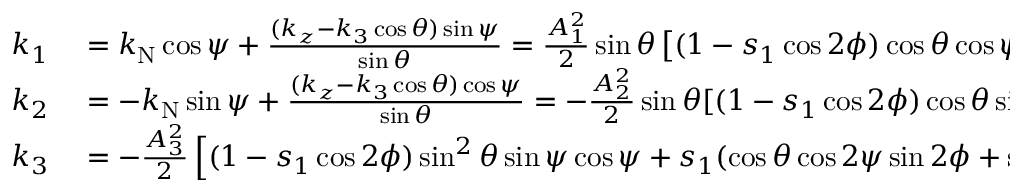
\begin{array} { r l } { k _ { 1 } } & { { } = k _ { \mathrm { N } } \cos \psi + \frac { ( k _ { z } - k _ { 3 } \cos \theta ) \sin \psi } { \sin \theta } = \frac { A _ { 1 } ^ { 2 } } { 2 } \sin \theta \left[ ( 1 - s _ { 1 } \cos 2 \phi ) \cos \theta \cos \psi + s _ { 1 } \sin \psi \sin 2 \phi \right] \; , } \\ { k _ { 2 } } & { { } = - k _ { \mathrm { N } } \sin \psi + \frac { ( k _ { z } - k _ { 3 } \cos \theta ) \cos \psi } { \sin \theta } = - \frac { A _ { 2 } ^ { 2 } } { 2 } \sin \theta [ ( 1 - s _ { 1 } \cos 2 \phi ) \cos \theta \sin \psi - s _ { 1 } \cos \psi \sin 2 \phi ] \; , } \\ { k _ { 3 } } & { { } = - \frac { A _ { 3 } ^ { 2 } } { 2 } \left[ ( 1 - s _ { 1 } \cos 2 \phi ) \sin ^ { 2 } { \theta } \sin { \psi } \cos \psi + s _ { 1 } ( \cos \theta \cos 2 \psi \sin 2 \phi + \sin 2 \psi \cos 2 \phi ) \right] , } \end{array}